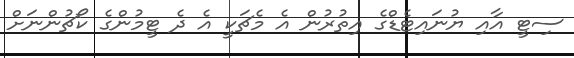
ސިޓީ އާއި ޔުނައިޓެޑްގެ އިތުރުން އެ މެޗަކީ އެ ދެ ޓީމުންގެ ކޯޗުންނަށް